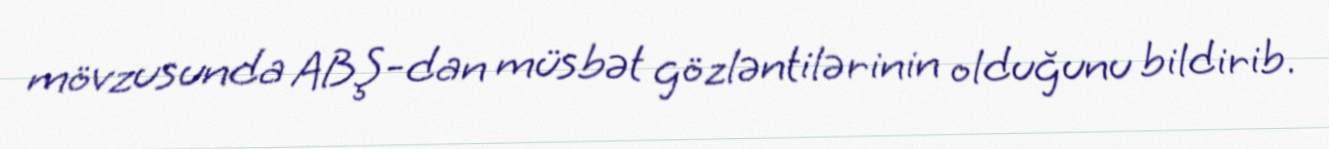
mövzusunda ABŞ-dan müsbət gözləntilərinin olduğunu bildirib.